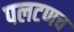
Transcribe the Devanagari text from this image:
पलटणच